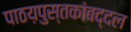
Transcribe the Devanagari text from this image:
पाठय़पुस्तकांबद्दल